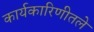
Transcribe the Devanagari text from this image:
कार्यकारिणीतले